Civil Veterinary Dept. Bombay admin report 1923-31 - 1923-1931
Year: 1923
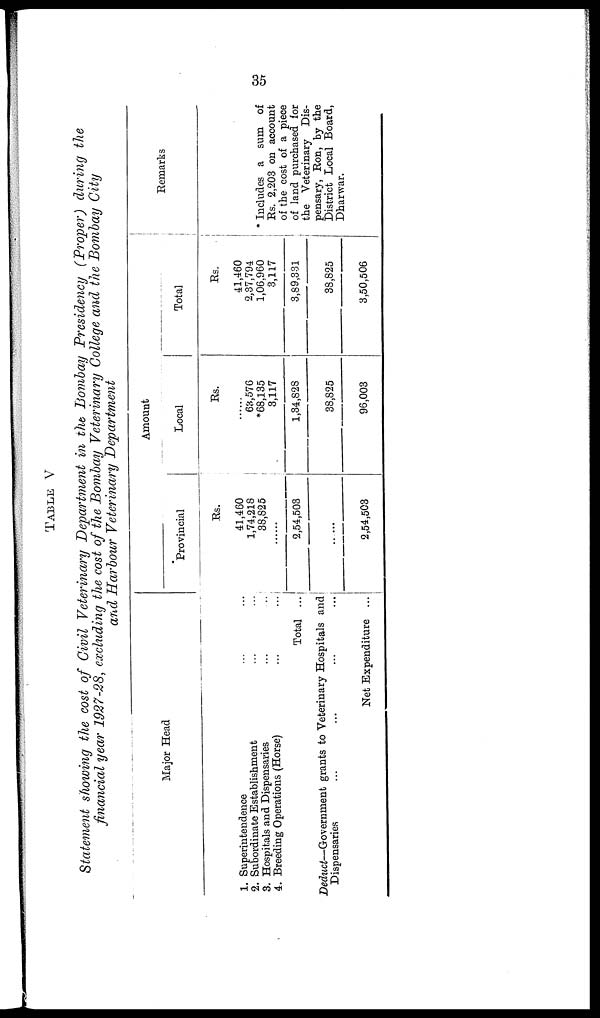
35
TABLE V
Statement showing the cost of Civil Veterinary Department in the Bombay Presidency (Proper) during the
financial year 1927-28, excluding the cost of the Bombay Veterinary College and the Bombay City
and Harbour Veterinary Department
Major Head
1. Superintendence ... ...
2. Subordinate Establishment ... ...
3. Hospitals and Dispensaries ... ...
4. Breeding Operations (Horse) ... ...
Total ...
Deduct—Government
grants to Veterinary Hospitals and
Dispensaries ... ... ... ...
Net Expenditure ...
Amount
Provincial
Rs.
41,460
1,74,218
38,825
2,54,503
......
2,54,503
Local
Rs.
......
63,576
*68,135
3,117
1,34,828
38,825
96,003
Total
Rs.
41,460
2,37,794
1,06,960
3,117
3,89,331
38,825
3,50,506
Remarks
* Includes a sum of
Rs. 2,203 on account
of the cost of a piece
of land purchased for
the Veterinary Dis-
pensary, Ron, by the
District Local Board,
Dharwar.